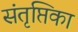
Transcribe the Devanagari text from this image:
संतृप्तिका